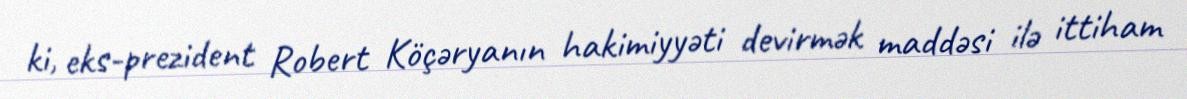
ki, eks-prezident Robert Köçəryanın hakimiyyəti devirmək maddəsi ilə ittiham